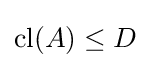
\operatorname {cl} (A)\leq D